Medical and sanitary report of the native army of Bengal for the year
Year: 1875
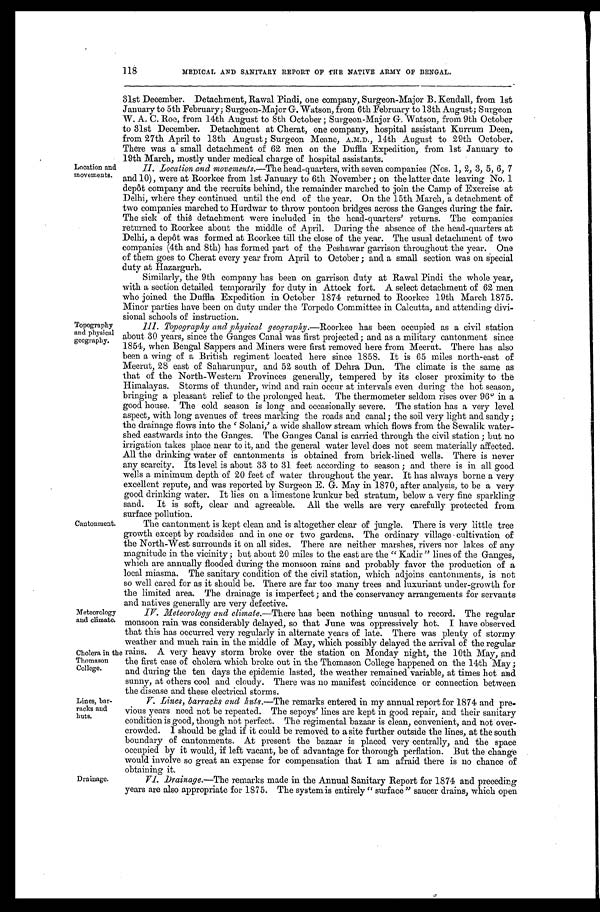
Location and
movements.
Topography
and physical
geography.
118
MEDICAL AND SANITARY REPORT OF THE NATIVE ARMY OF BENGAL.
31st December. Detachment, Rawal Pindi, one company, Surgeon-Major B. Kendall, from 1st
January to 5th February; Surgeon-Major G. Watson, from 6th February to 13th August; Surgeon
W. A. C. Roe, from 14th August to 8th October; Surgeon-Major G. Watson, from 9th October
to 31st December. Detachment at Cherat, one company, hospital assistant Kurrum Deen,
from 27th April to 13th August; Surgeon Meane, A.M.D., 14th August to 29th October.
There was a small detachment of 62 men on the Duffla Expedition, from 1st January to
19th March, mostly under medical charge of hospital assistants.
II. Location and movements .—The head-quarters, with seven companies (Nos. 1, 2, 3, 5, 6, 7
and 10), were at Roorkee from 1st January to 6th November; on the latter date leaving No. 1
depôt company and the recruits behind, the remainder marched to join the Camp of Exercise at
Delhi, where they continued until the end of the, year. On the 15th March, a detachment of
two companies marched to Hurdwar to throw pontoon bridges across the Ganges during the fair.
The sick of this detachment were included in the head-quarters' returns. The companies
returned to Roorkee about the middle of April. During the absence of the head-quarters at
Delhi, a depôt was formed at Roorkee till the close of the year. The usual detachment of two
companies (4th and 8th) has formed part of the Peshawar garrison throughout the year. One
of them goes to Cherat every year from April to October; and a small section was on special
duty at Hazargurh.
Similarly, the 9th company has been on garrison duty at Rawal Pindi the whole year,
with a section detailed temporarily for duty in Attock fort. A select detachment of 62 men
who joined the Duffla Expedition in October 1874 returned to Roorkee 19th March 1875.
Minor parties have been on duty under the Torpedo Committee in Calcutta, and attending divi
-sional schools of instruction.
III. Topography and physical, geography.—Roorkee has been occupied as a civil station
about 30 years, since the Ganges Canal was first projected; and as a military cantonment since
1854, when Bengal Sappers and Miners were first removed here from Meerut. There has also
been a wing of a British regiment located here since 1858. It is 65 miles north-east of
Meerut, 28 east of Saharunpur, and 52 south of Dehra Dun. The climate is the same as
that of the North-Western Provinces generally, tempered by its closer proximity to the
Himalayas. Storms of thunder, wind and rain occur at intervals even during the hot season,
bringing a pleasant relief to the prolonged heat. The thermometer seldom rises over 96° in a
good house. The cold season is long and occasionally severe. The station has a very level
aspect, with long avenues of trees marking the roads and canal; the soil very light and sandy;
the drainage flows into the 'Solani,' a wide shallow stream which flows from the Sewalik water
-shed eastwards into the Ganges. The Ganges Canal is carried through the civil station; but no
irrigation takes place near to it, and the general water level does not seem materially affected.
All the drinking water of cantonments is obtained from brick-lined wells. There is never
any scarcity. Its level is about 33 to 31 feet according to season; and there is in all good
wells a minimum depth of 20 feet of water throughout the year. It has always borne a very
excellent repute, and was reported by Surgeon E. G. May in 1870, after analysis, to be a very
good drinking water. It lies on a limestone kunkur bed stratum, below a very fine sparkling
sand. It is soft, clear and agreeable. All the wells are very carefully protected from
surface pollution.
Cantonment.
Meteorology
and climate.
Cholera in the
Thomason
College.
The cantonment is kept clean and is altogether clear of jungle. There is very little tree
growth except by roadsides and in one or two gardens. The ordinary village cultivation of
the North-West surrounds it on all sides. There are neither marshes, rivers nor lakes of any
magnitude in the vicinity; but about 20 miles to the east are the "Kadir" lines of the Ganges,
which are annually flooded during the monsoon rains and probably favor the production of a
local miasma. The sanitary condition of the civil station, which adjoins cantonments, is not
so well cared for as it should be. There are far too many trees and luxuriant under-growth for
the limited area. The drainage is imperfect; and the conservancy arrangements for servants
and natives generally are very defective.
IV. Meteorology and climate .—There has been nothing unusual to record. The regular
monsoon rain was considerably delayed, so that June was oppressively hot. I have observed
that this has occurred very regularly in alternate years of late. There was plenty of stormy
weather and much rain in the middle of May, which possibly delayed the arrival of the regular
rains. A very heavy storm broke over the station on Monday night, the 10th May, and
the first case of cholera which broke out in the Thomason College happened on the 14th May;
and during the ten days the epidemic lasted, the weather remained variable, at times hot and
sunny, at others cool and cloudy. There was no manifest coincidence or connection between
the disease and these electrical storms.
Lines, bar
- r a c k s a n d huts.
Drainage.
V. Lines, barracks and huts .—The remarks entered in my annual report for 1874 and pre
- v i o u s y e a r s n e e d n o t b e r e p e a t e d . T h e s e p o y s ' l i n e s a r e k e p t i n g o o d r e p a i r , a n d t h e i r s a n i t a r y
condition is good, though not perfect. The regimental bazaar is clean, convenient, and not over
- c r o w d e d . I s h o u l d b e g l a d i f i t c o u l d b e r e m o v e d t o a s i t e f u r t h e r o u t s i d e t h e l i n e s , a t t h e s o u t h
boundary of cantonments. At present the bazaar is placed very centrally, and the space
occupied by it would, if left vacant, be of advantage for thorough perflation. But the change
would involve so great an expense for compensation that I am afraid there is no chance of
obtaining it.
VI. Drainage.—The remarks made in the Annual Sanitary Report for 1874 and preceding
years are also appropriate for 1875. The system is entirely "surface" saucer drains, which open